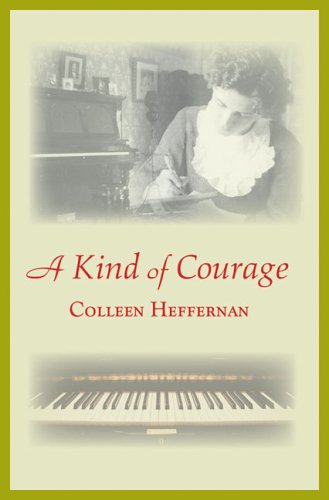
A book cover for A Kind of Courage; Colleen Heffernan; Teen & Young Adult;